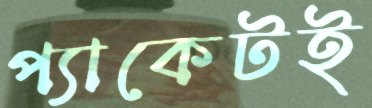
প্যাকেটই